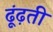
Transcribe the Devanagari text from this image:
ढूंढ़ती